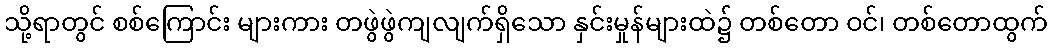
သို့ရာတွင် စစ်ကြောင်း များကား တဖွဲဖွဲကျလျက်ရှိသော နှင်းမှုန်များထဲ၌ တစ်တော ဝင်၊ တစ်တောထွက်